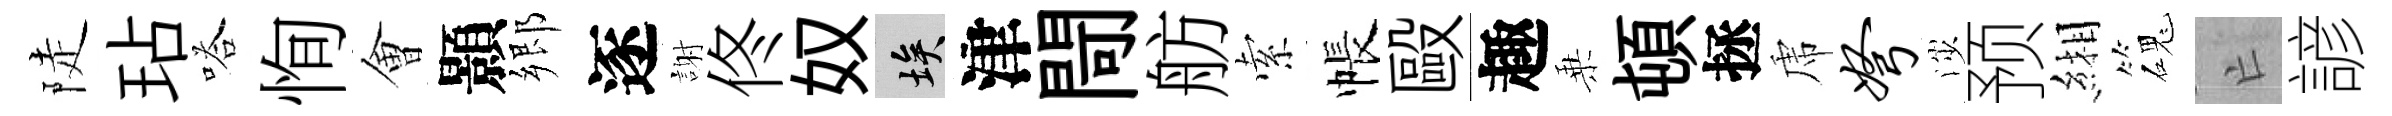
陡玷嗒恂㑹顥郷逐謝佟奴埃津閜舫索帳毆趣乗頓拯虎弩渉预緗磈亡諺